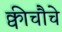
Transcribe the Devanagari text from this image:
क्वीचौचे